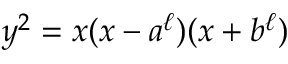
y ^ { 2 } = x ( x - a ^ { \ell } ) ( x + b ^ { \ell } )